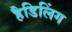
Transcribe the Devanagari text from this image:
हैडिलिंग